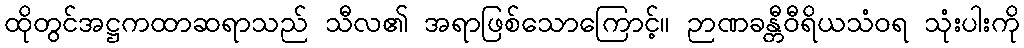
ထိုတွင်အဋ္ဌကထာဆရာသည် သီလ၏ အရာဖြစ်သောကြောင့်။ ဉာဏခန္တီဝီရိယသံဝရ သုံးပါးကို